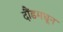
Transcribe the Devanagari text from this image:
दौंडमधून